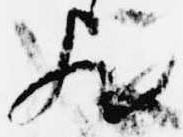
歟